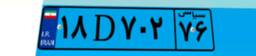
۶۷D۰۰۰۸۰